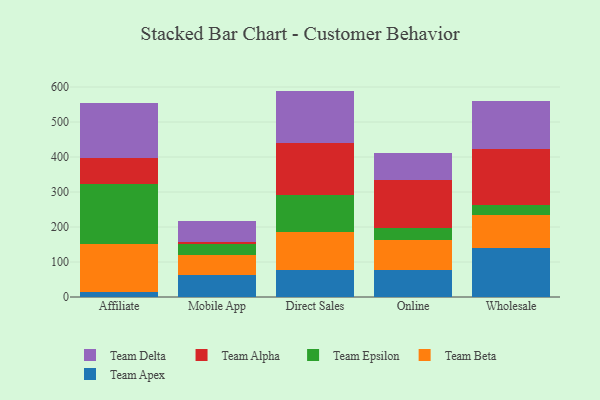
{"axis": {"x": "Channel", "y": "Conversion Rate (%)"}, "legend": ["Team Alpha", "Team Apex", "Team Beta", "Team Delta", "Team Epsilon"], "data": [{"x": "Affiliate", "y": 13.9, "type": "Team Apex"}, {"x": "Affiliate", "y": 136.6, "type": "Team Beta"}, {"x": "Affiliate", "y": 172.6, "type": "Team Epsilon"}, {"x": "Affiliate", "y": 73.7, "type": "Team Alpha"}, {"x": "Affiliate", "y": 158.1, "type": "Team Delta"}, {"x": "Mobile App", "y": 63.9, "type": "Team Apex"}, {"x": "Mobile App", "y": 56.5, "type": "Team Beta"}, {"x": "Mobile App", "y": 30.9, "type": "Team Epsilon"}, {"x": "Mobile App", "y": 6.5, "type": "Team Alpha"}, {"x": "Mobile App", "y": 59.8, "type": "Team Delta"}, {"x": "Direct Sales", "y": 77.8, "type": "Team Apex"}, {"x": "Direct Sales", "y": 108.4, "type": "Team Beta"}, {"x": "Direct Sales", "y": 104.3, "type": "Team Epsilon"}, {"x": "Direct Sales", "y": 150.3, "type": "Team Alpha"}, {"x": "Direct Sales", "y": 148.3, "type": "Team Delta"}, {"x": "Online", "y": 78.1, "type": "Team Apex"}, {"x": "Online", "y": 83.6, "type": "Team Beta"}, {"x": "Online", "y": 36.8, "type": "Team Epsilon"}, {"x": "Online", "y": 135.8, "type": "Team Alpha"}, {"x": "Online", "y": 78.4, "type": "Team Delta"}, {"x": "Wholesale", "y": 140.2, "type": "Team Apex"}, {"x": "Wholesale", "y": 94.7, "type": "Team Beta"}, {"x": "Wholesale", "y": 28.7, "type": "Team Epsilon"}, {"x": "Wholesale", "y": 158.0, "type": "Team Alpha"}, {"x": "Wholesale", "y": 137.8, "type": "Team Delta"}]}